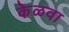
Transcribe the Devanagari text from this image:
केळवा